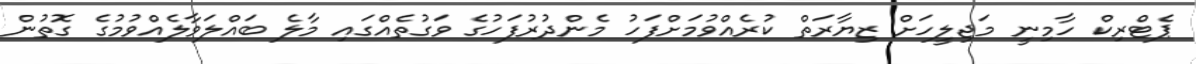
ޕެޓްރިކް ހާމިނީ މަޖިލީހަށް ޒިޔާރަތް ކުރެއްވުމަށްފަހު މެންދުރުފަހުގެ ވަގުތެއްގައި މާލެ ބައްލަވާލެއްވުމުގެ ގޮތުން